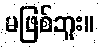
မဖြစ်ဘူး။